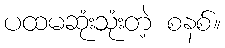
ပထမဆုံးသုံးတဲ့ စနစ်။